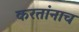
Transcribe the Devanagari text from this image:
करतांनाच